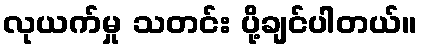
လုယက်မှု သတင်း ပို့ချင်ပါတယ်။